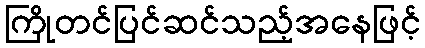
ကြိုတင်ပြင်ဆင်သည့်အနေဖြင့်